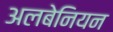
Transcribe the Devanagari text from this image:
अलबेनियन